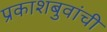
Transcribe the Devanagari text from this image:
प्रकाशबुवांची